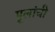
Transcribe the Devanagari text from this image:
पूलांची